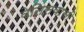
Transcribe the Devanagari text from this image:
वेनिसवासी